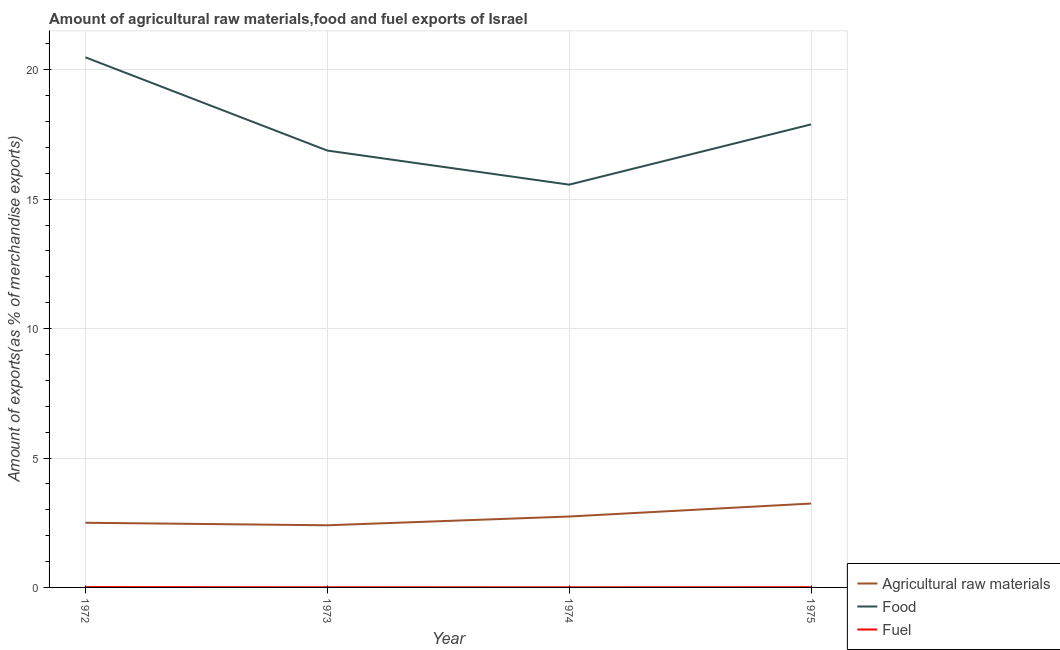
| Year | Agricultural raw materials | Food | Fuel |
 | --- | --- | --- | --- |
 | 1972 | 2.5 | 20.5 | 0.0139 |
 | 1973 | 2.4 | 16.9 | 0.00662 |
 | 1974 | 2.74 | 15.6 | 0.0049 |
 | 1975 | 3.24 | 17.9 | 0.00964 |